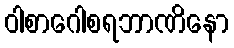
ဝါစာဂေါစရဘာဏိနော